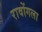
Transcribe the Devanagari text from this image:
रावोंगला